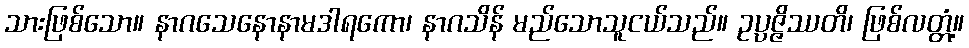
သားဖြစ်သော။ နာဂသေနောနာမဒါရကော၊ နာဂသိန် မည်သောသူငယ်သည်။ ဥပ္ပဇ္ဇိဿတိ၊ ဖြစ်လတ္တံ့။